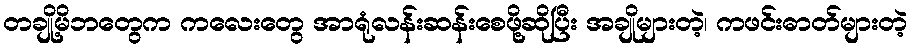
တချို့မိဘတွေက ကလေးတွေ အာရုံလန်းဆန်းစေဖို့ဆိုပြီး အချိုများတဲ့၊ ကဖင်းဓာတ်များတဲ့